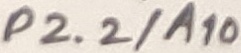
Text: P2.2/A10